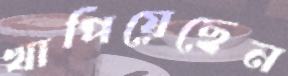
খাপিয়েছেন